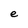
Character: e